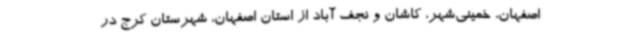
اصفهان، خمینی‌شهر، کاشان و نجف آباد از استان اصفهان، شهرستان کرج در